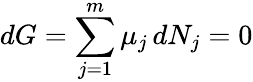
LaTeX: dG=\sum_{j=1}^{m}\mu_{j}\, dN_{j}=0